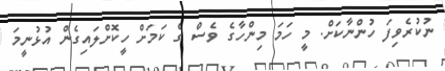
ނުކުރެވިފަ ހުންނާކަށް. މީ ހަމަ މިންހާގެ ވެސް ގެ ކަމަށް ހީކޮށްލައިގެން އުޅުނީމަ